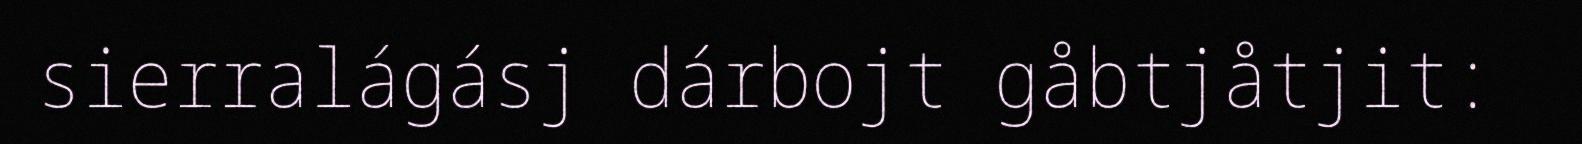
sierralágásj dárbojt gåbtjåtjit: